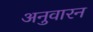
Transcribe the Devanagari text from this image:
अनुवारन